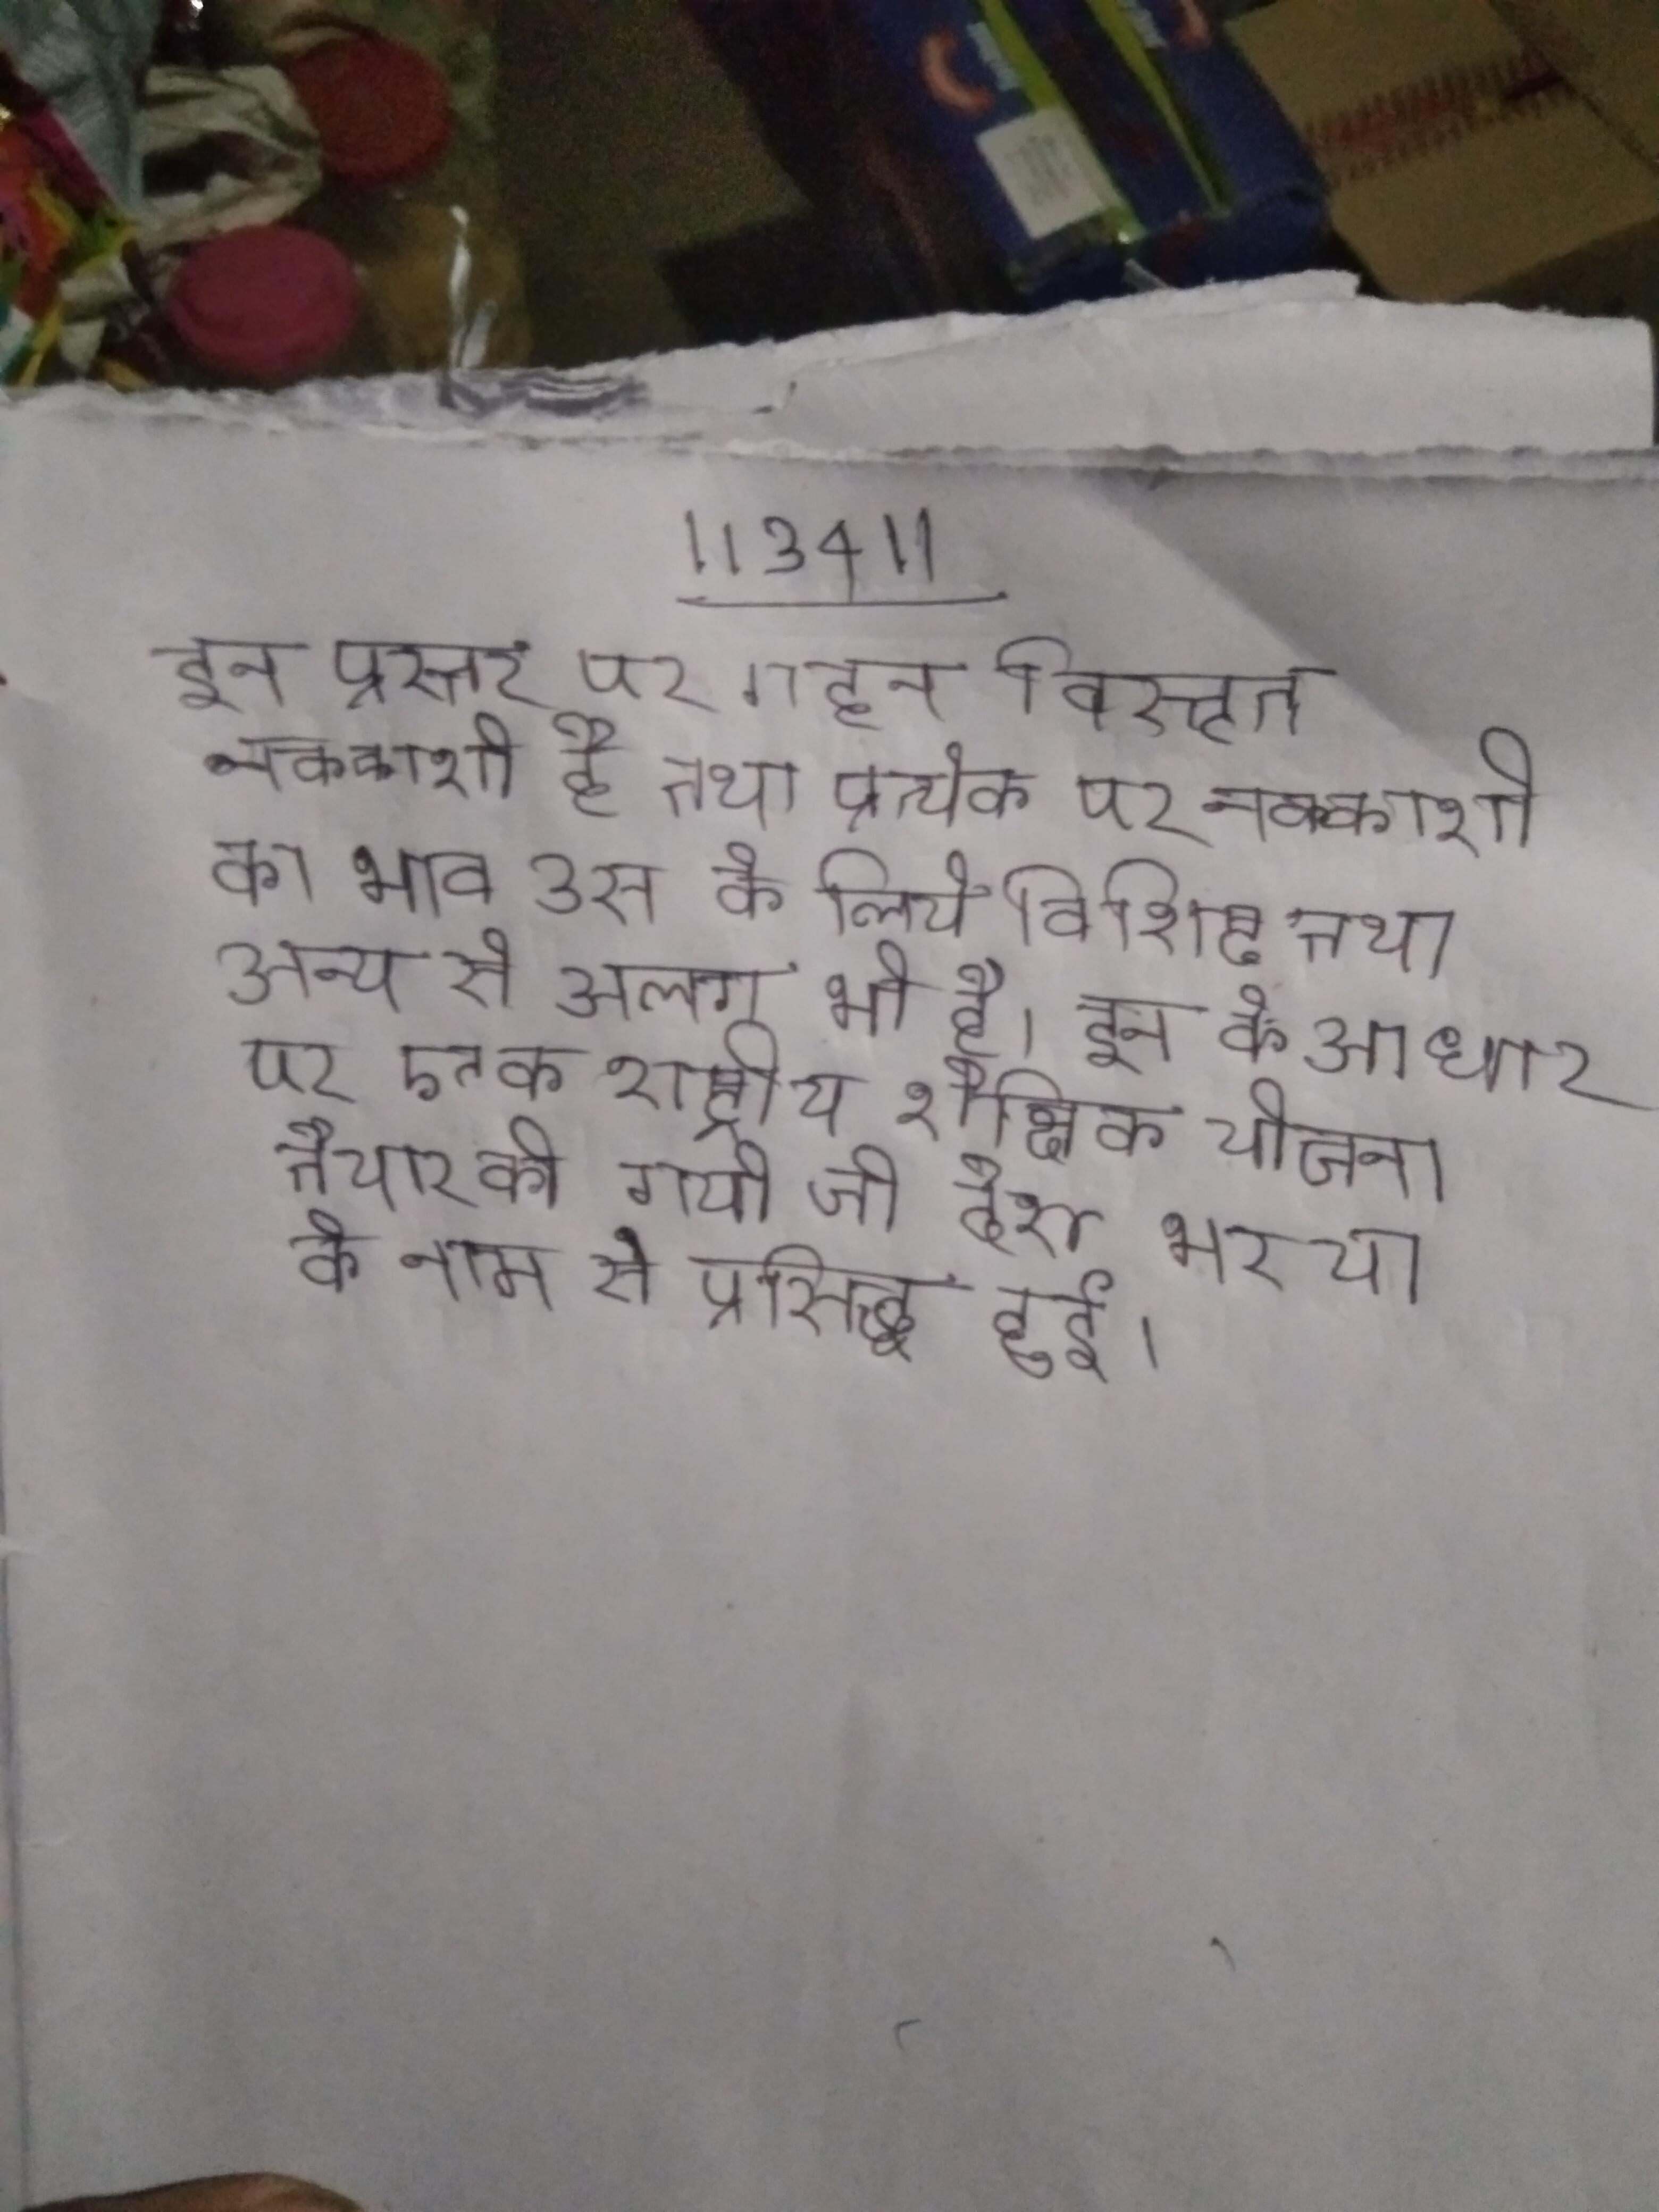
इन प्रस्तर पर गहन विस्तृत नक्काशी है तथा प्रत्येक पर नक्काशी का भाव उस के लिये विशिष्ट तथा अन्य से अलग भी है । इन के आधार पर एक राष्ट्रीय शैक्षिक योजना तैयार की गयी जो देश भर या के नाम से प्रसिद्ध हुई ।